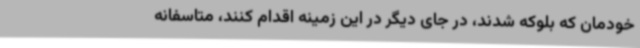
خودمان که بلوکه شدند، در جای دیگر در این زمینه اقدام کنند، متاسفانه